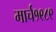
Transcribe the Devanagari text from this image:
मार्च१९८९